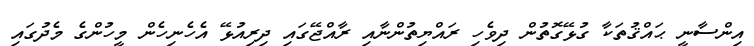
އިންސާނީ ޙައްޤުތަކާ ގުޅޭގޮތުން ދިވެހި ރައްޔިތުންނާއި ރާއްޖޭގައި ދިރިއުޅޭ އެހެނިހެން މީހުންގެ މެދުގައި